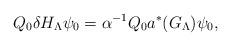
LaTeX: \begin{align*} Q_0 \delta H_\Lambda \psi_0 = \alpha^{-1} Q_0 a^{*}(G_\Lambda)\psi_0,\end{align*}